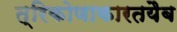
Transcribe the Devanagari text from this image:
त्रिकोणाकारतयैब